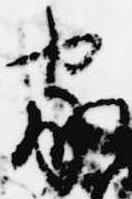
家